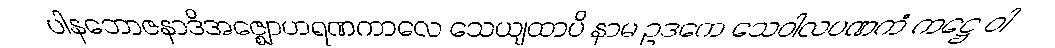
ပါနဘောဇနာဒိအဇ္ဈောဟရဏကာလေ သေယျထာပိ နာမ ဥဒကေ သေဝါလပဏကံ ကဋ္ဌေ ဝါ